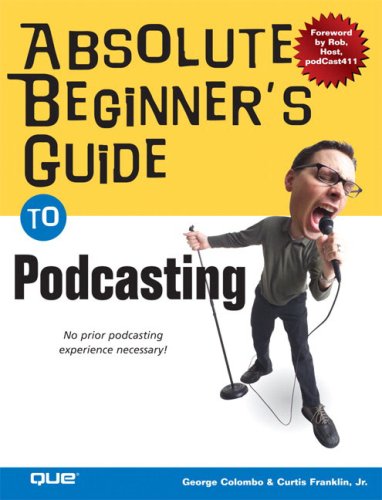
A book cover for Absolute Beginner's Guide to Podcasting; George Colombo; Computers & Technology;